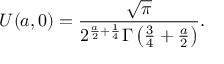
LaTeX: U ( a , 0 ) = \frac { \sqrt { \pi } } { 2 ^ { \frac { a } { 2 } + \frac { 1 } { 4 } } \Gamma \left( \frac { 3 } { 4 } + \frac { a } { 2 } \right) } .